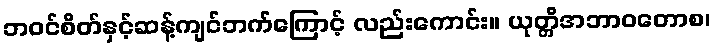
ဘဝင်စိတ်နှင့်ဆန့်ကျင်ဘက်ကြောင့် လည်းကောင်း။ ယုတ္တိအဘာဝတောစ၊